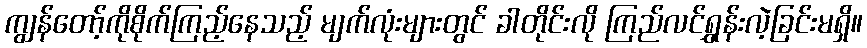
ကျွန်တော့်ကိုစိုက်ကြည့်နေသည့် မျက်လုံးများတွင် ခါတိုင်းလို ကြည်လင်ရွှန်းလဲ့ခြင်းမရှိ။